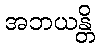
အဘယန္တိ